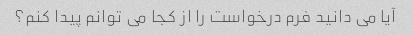
آیا می دانید فرم درخواست را از کجا می توانم پیدا کنم؟